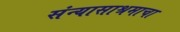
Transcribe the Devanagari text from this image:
संन्यासाश्रमाचा